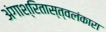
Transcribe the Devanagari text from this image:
अंगाश्रितास्त्वलंकारा